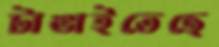
টাঙাইতেছে